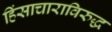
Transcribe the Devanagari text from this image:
हिंसाचाराविरुद्ध